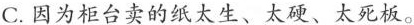
C.因为柜台卖的纸太生、太硬、太死板。